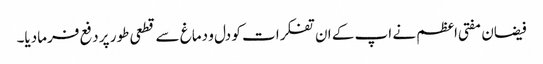
فیضان مفتی اعظم نے اپ کے ان تفکرات کو دل و دماغ سے قطعی طور پر دفع فرمادیا۔